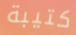
كتيبة